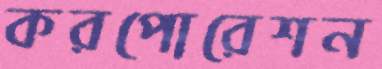
করপোরেশন